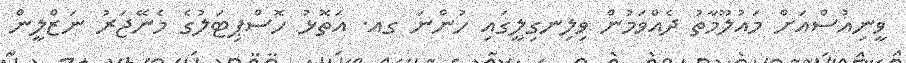
ވީނިއުސްއަށް މައުލޫމާތު ދެއްވަމުން ވިލިނގިލީގައި ހުންނަ ގއ. އަތޮޅު ހޮސްޕިޓަލުގެ މެނޭޖަރު ނަޒްލީން